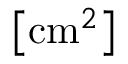
\left[ \mathrm { c m } ^ { 2 } \right]